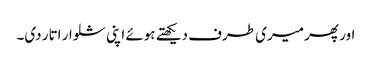
اور پھر میری طرف دیکھتے ہوئے اپنی شلوار اتار دی۔